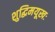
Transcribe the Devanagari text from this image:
शुद्धिमयूखः